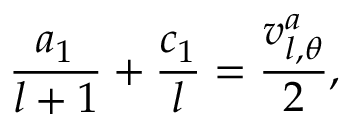
\frac { a _ { 1 } } { l + 1 } + \frac { c _ { 1 } } { l } = \frac { v _ { l , \theta } ^ { a } } { 2 } ,